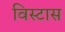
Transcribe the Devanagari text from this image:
विस्टास